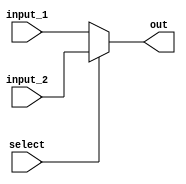
`timescale 1ns / 1ps

module MUX_2_to_1
#(parameter data_length = 32)
	(
	input wire [data_length - 1 : 0] input_1,
	input wire [data_length - 1 : 0] input_2,
	input wire  select,
	
	output reg [data_length - 1 : 0] out
    );
	
	always @(*)
	begin
		if(select)
			out = input_2;
		else
			out = input_1;
	end

endmodule